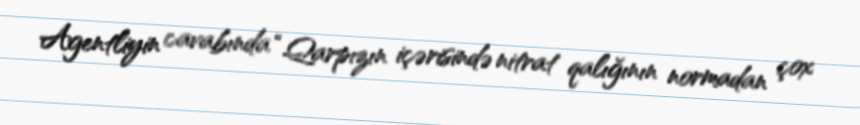
Agentliyin cavabında “Qarpızın içərisində nitrat qalığının normadan çox